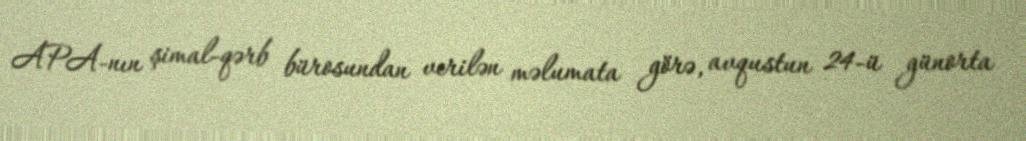
APA-nın şimal-qərb bürosundan verilən məlumata görə, avqustun 24-ü günorta